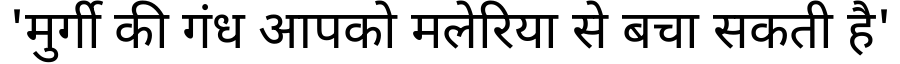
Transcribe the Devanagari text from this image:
'मुर्गी की गंध आपको मलेरिया से बचा सकती है'